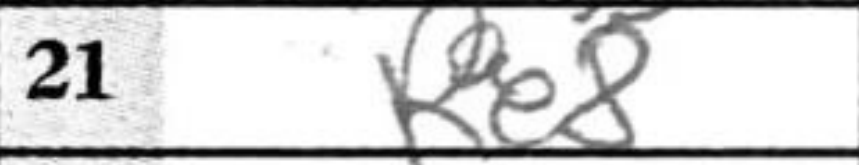
Transcription: Re8